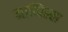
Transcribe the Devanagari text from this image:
माप्पिल्ल